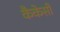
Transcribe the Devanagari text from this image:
कैकेसी